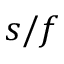
s / f